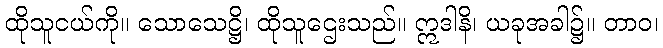
ထိုသူငယ်ကို။ သောသေဋ္ဌိ၊ ထိုသူဌေးသည်။ ဣဒါနိ၊ ယခုအခါ၌။ တာဝ၊